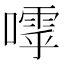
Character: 𡀛